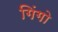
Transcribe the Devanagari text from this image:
गिंगो